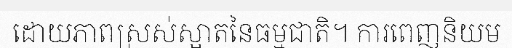
ដោយភាពស្រស់ស្អាតនៃធម្មជាតិ។ ការពេញនិយម